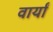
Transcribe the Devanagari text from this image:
वार्यां